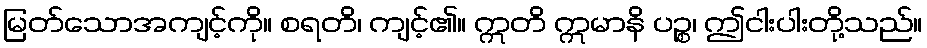
မြတ်သောအကျင့်ကို။ စရတိ၊ ကျင့်၏။ ဣတိ ဣမာနိ ပဉ္စ၊ ဤငါးပါးတို့သည်။